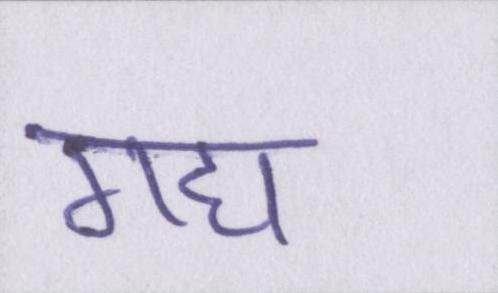
गद्य